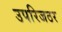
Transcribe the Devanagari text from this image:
उपरिजठर